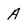
Character: A